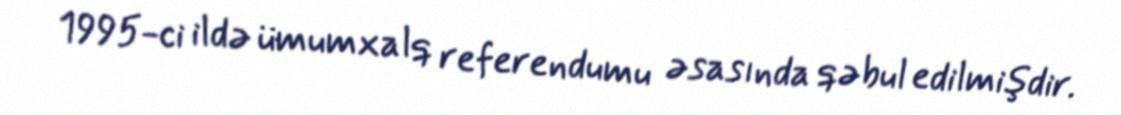
1995-ci ildə ümumxalq referendumu əsasında qəbul edilmişdir.